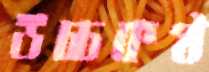
উচ্চকণ্ঠ